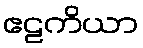
ဧဠကိယာ